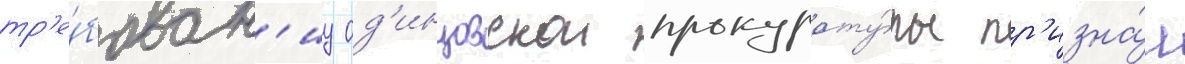
тр'е́бован'иу од'инцовскои прокурату́ры пр'изна́л